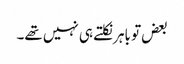
بعض تو باہر نکلتے ہی نہیں تھے۔